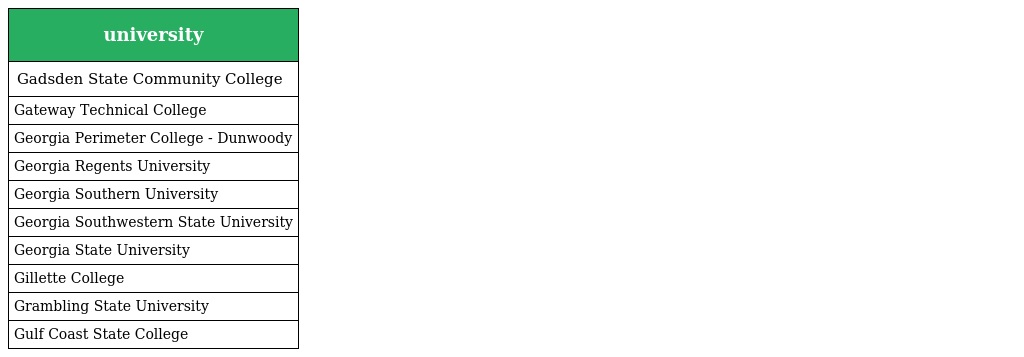
| university |
 | --- |
 | Gadsden State Community College |
 | Gateway Technical College |
 | Georgia Perimeter College - Dunwoody |
 | Georgia Regents University |
 | Georgia Southern University |
 | Georgia Southwestern State University |
 | Georgia State University |
 | Gillette College |
 | Grambling State University |
 | Gulf Coast State College |